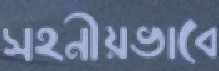
সহনীয়ভাবে